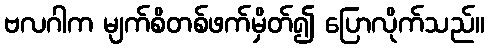
ဗလဂါက မျက်စိတစ်ဖက်မှိတ်၍ ပြောလိုက်သည်။